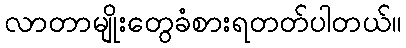
လာတာမျိုးတွေခံစားရတတ်ပါတယ်။